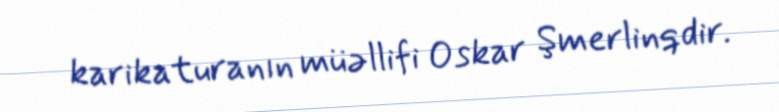
karikaturanın müəllifi Oskar Şmerlinqdir.